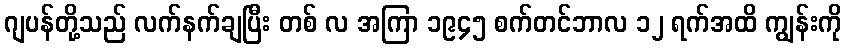
ဂျပန်တို့သည် လက်နက်ချပြီး တစ် လ အကြာ ၁၉၄၅ စက်တင်ဘာလ ၁၂ ရက်အထိ ကျွန်းကို